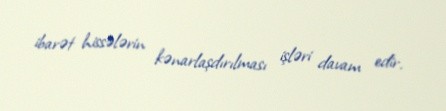
ibarət hissələrin kənarlaşdırılması işləri davam edir.